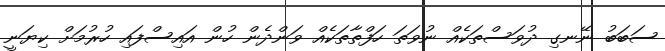
ސަބަބު ނޭނގި ދުވަސްތަކެއް ނުވަތަ ހަފްތާތަކެއް ވަންދެން ހުން އައިސްފައި ހުރުމަށް ކިޔަނީ